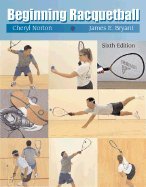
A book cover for Beginning Racquetball 6TH EDITION; Cheryl Norton; Sports & Outdoors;